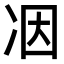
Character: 𠗃